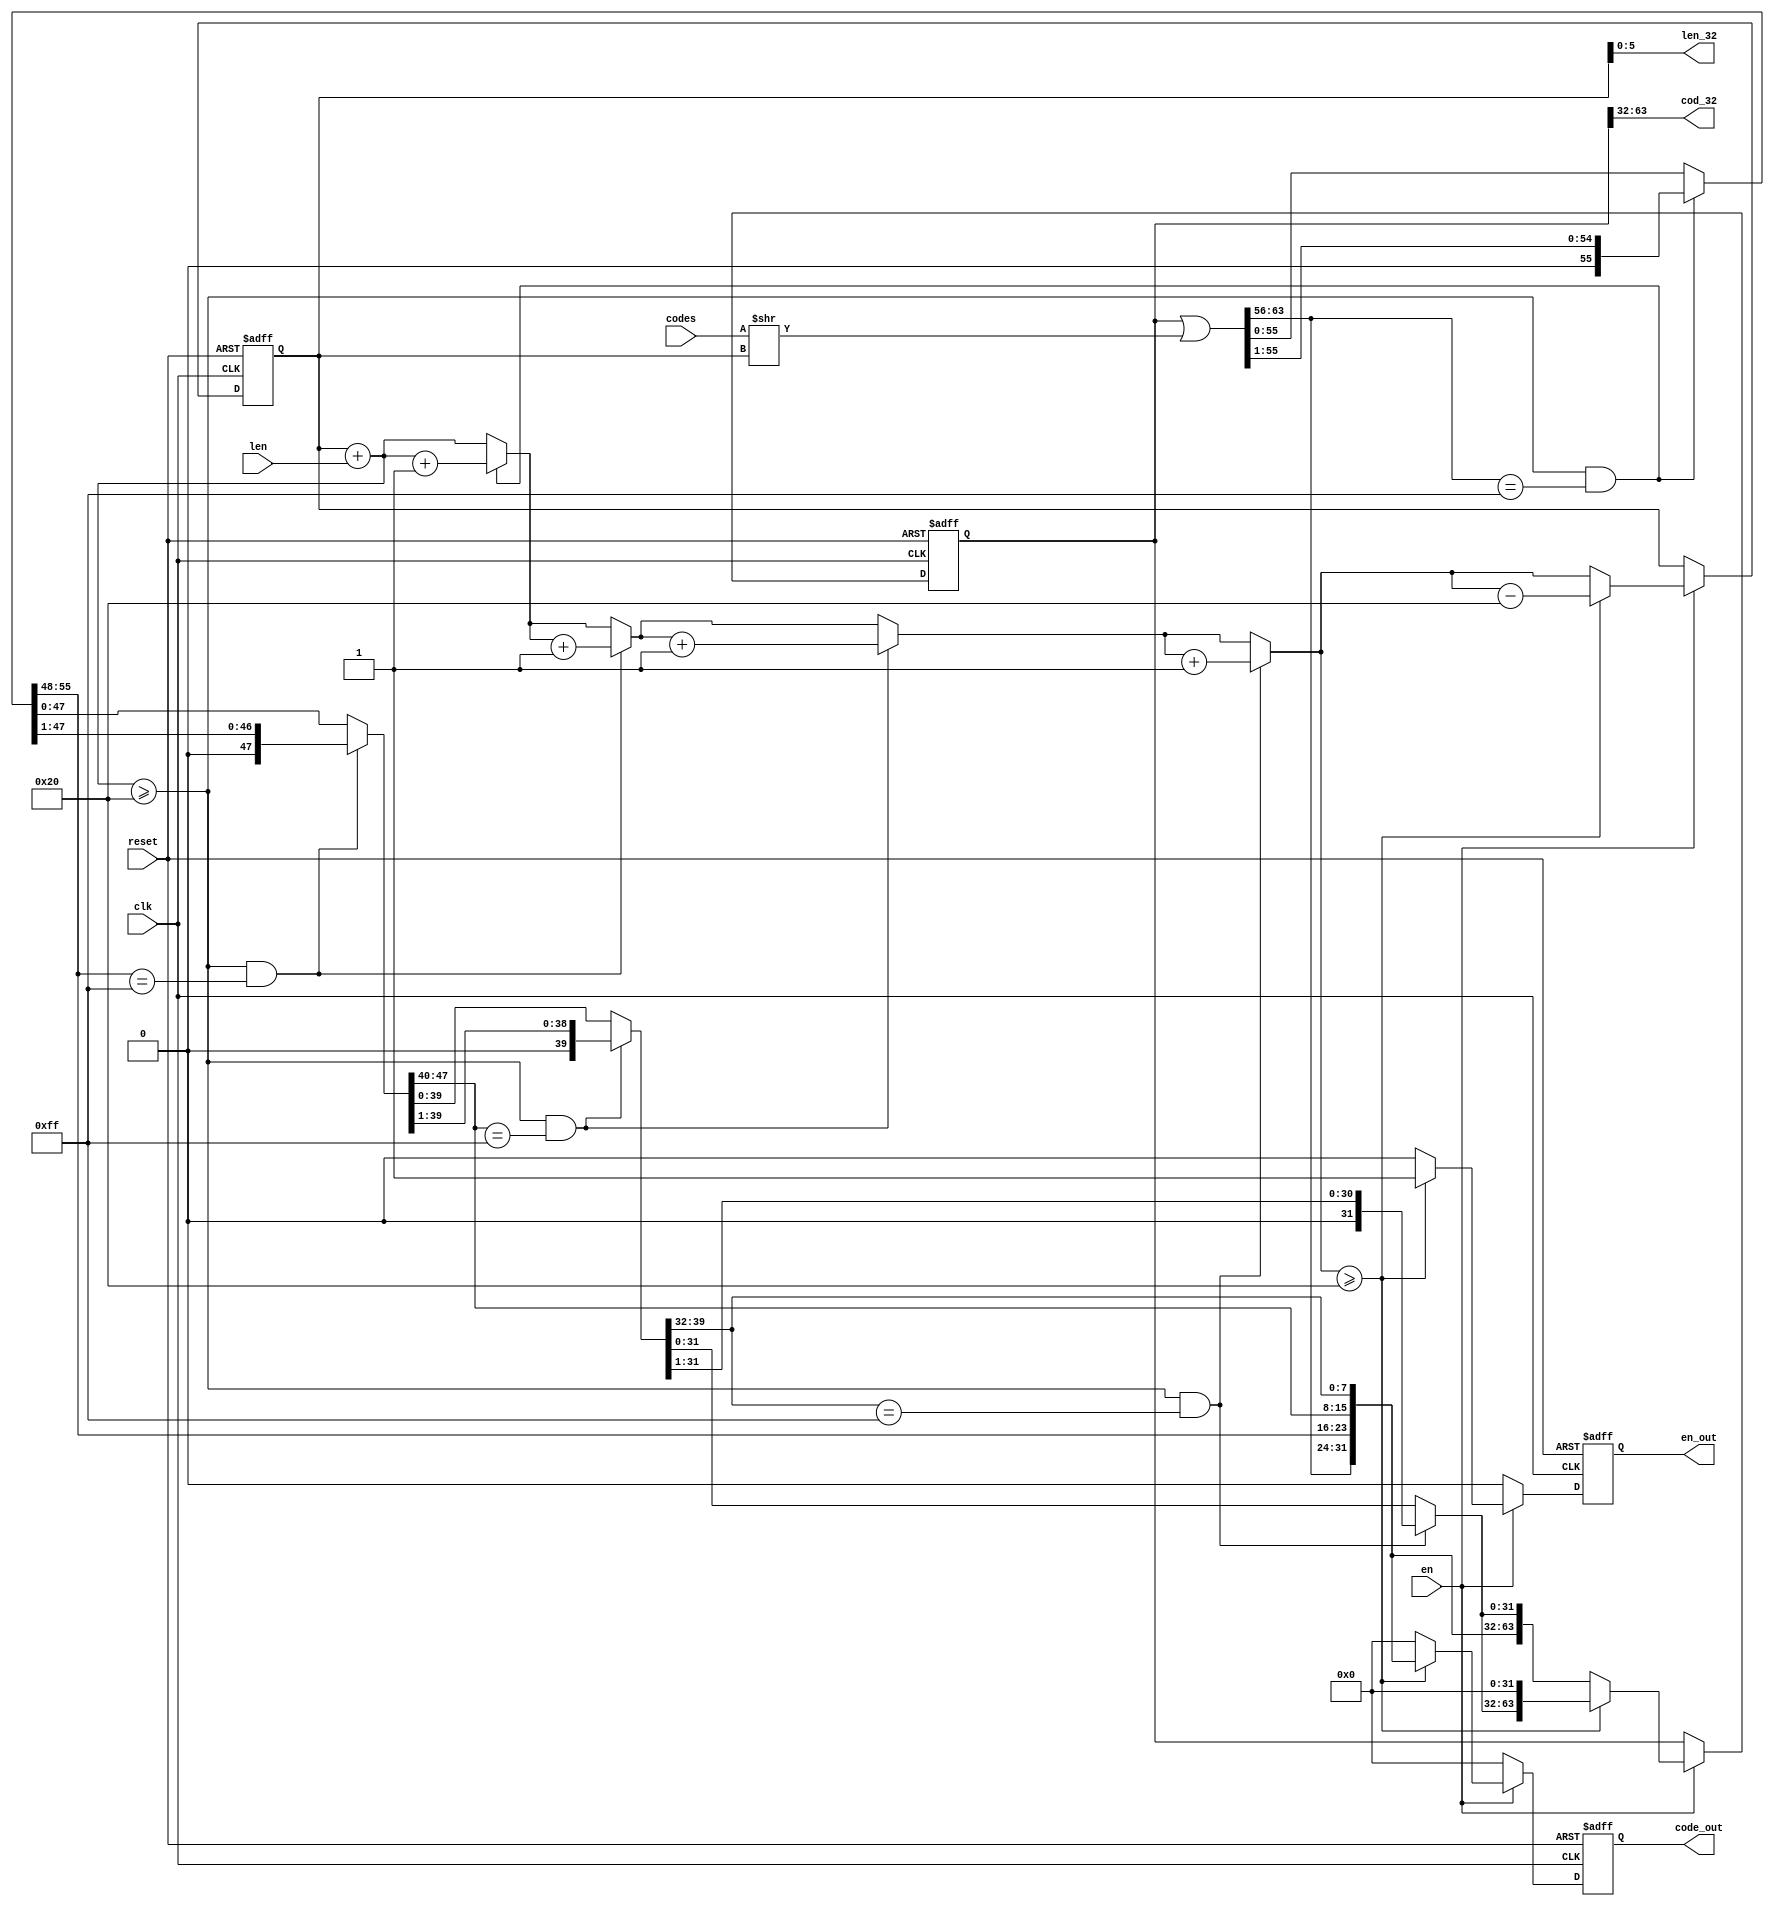
module load_stream(clk, en, reset, codes, len, code_out, en_out,cod_32,len_32);
    input clk;
    input en;
    input reset;
    input [63:0] codes;
    input [6:0] len;
    output [31:0] code_out;
    output en_out;
    output [31:0] cod_32;
	 output [5:0] len_32;
	 
	 reg [31:0] code_out;
    reg en_out;
	 
	 reg [63:0] code_64;
	 reg [6:0] len_64;
	 
	 wire [63:0] code_temp;
//	 wire [63:0] code_temp_1;
	 wire [63:0] code_temp_2;
	 wire [6:0] len_tmp;

//assign    #1   code_temp_1={codes[31:0],32'h0000_0000};	 
assign    #1    code_temp_2=codes>>(len_64);	 
assign	#1	   code_temp=code_64|code_temp_2;
assign	#1		len_tmp=len_64+len;
			
wire [63:0] code_tmp1,code_tmp2,code_tmp3,code_tmp4;
wire [6:0]  len_1,len_2,len_3,len_4; 

wire en_1,en_2,en_3,en_4;

assign #1 en_1=(len_tmp>=32)&&(code_temp[63:56]==8'hFF);
assign #1 en_2=(len_tmp>=32)&&(code_tmp1[55:48]==8'hFF);
assign #1 en_3=(len_tmp>=32)&&(code_tmp2[47:40]==8'hFF);
assign #1 en_4=(len_tmp>=32)&&(code_tmp3[39:32]==8'hFF);

   assign #1 code_tmp1=en_1?{code_temp[63:56],1'b0,code_temp[55:1]}:code_temp;
	assign #1 len_1    =en_1?(len_tmp+1):len_tmp;
   
   assign #1 code_tmp2=en_2?{code_tmp1[63:48],1'b0,code_tmp1[47:1]}:code_tmp1;
	assign #1 len_2    =en_2?(len_1+1):len_1;
	
	assign #1 code_tmp3=en_3?{code_tmp2[63:40],1'b0,code_tmp2[39:1]}:code_tmp2;
	assign #1 len_3    =en_3?(len_2+1):len_2;
	
	assign #1 code_tmp4=en_4?{code_tmp3[63:32],1'b0,code_tmp3[31:1]}:code_tmp3;
	assign #1 len_4    =en_4?(len_3+1):len_3;
	
	always@(posedge clk or negedge reset)
	 if(!reset)
	  begin
	  code_out<=0;
	  en_out<=0;
	  code_64<=0;
	  len_64<=0;
	  end
	 else if(en)
	   begin
		  
		  if(len_4>=32)
		    begin
			  code_64<=(code_tmp4<<32);
		     len_64<=len_4-32;
		     code_out<=code_tmp4[63:32];
		     en_out<=1;
		    end
		  else 
		    begin
			  code_64<=code_tmp4;
		     len_64<=len_4;
		     code_out<=0;
		     en_out<=0;
		   end
		 
		end
	 else 
	   begin
		code_out<=0;
	   en_out<=0;
	   code_64<=code_64;
	   len_64<=len_64;
		end
	
 assign	cod_32=code_64[63:32];
 assign  len_32=len_64[5:0]; 
	 
endmodule